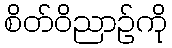
စိတ်ဝိညာဉ်ကို